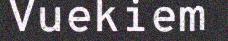
Vuekiem